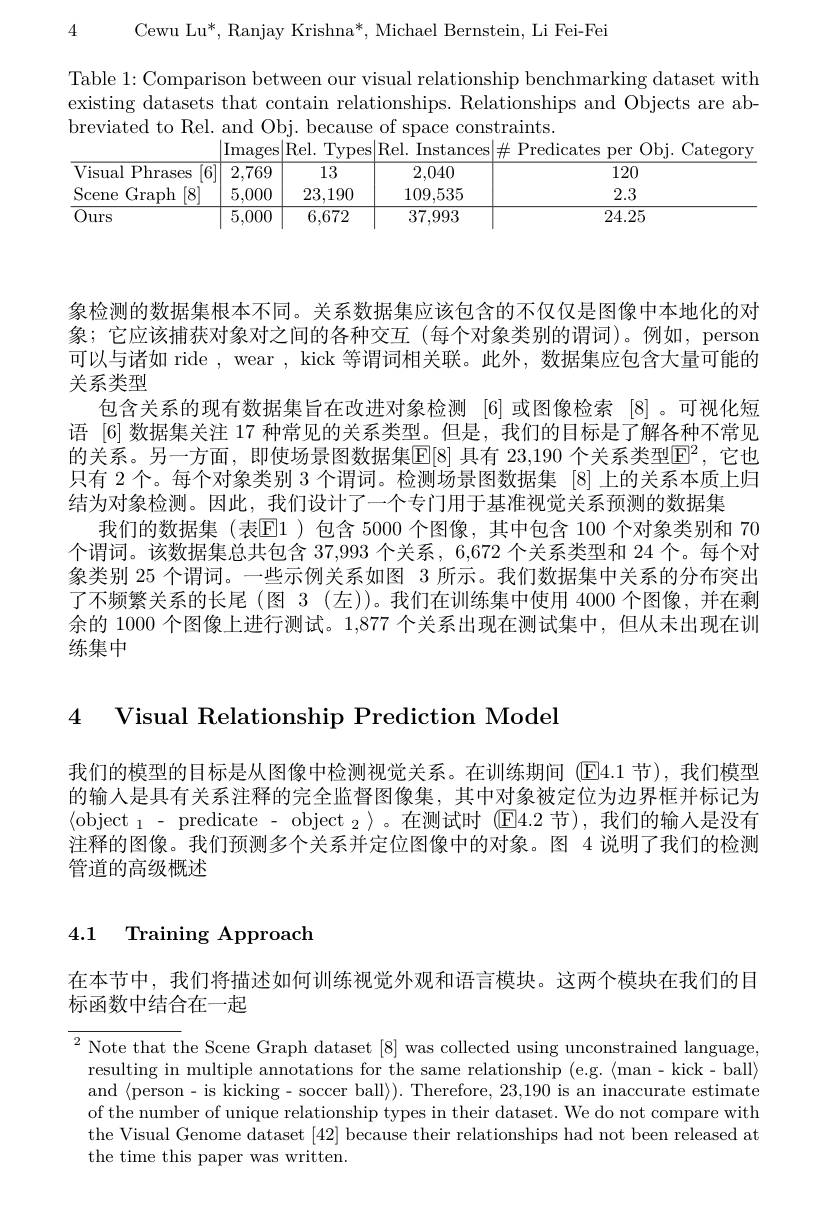
Cewu Lu*, Ranjay Krishna*, Michael Bernstein, Li Fei-Fei

4

Table 1: Comparison between our visual relationship benchmarking dataset with existing datasets that contain relationships. Relationships and Objects are abbreviated to Rel. and Obj. because of space constraints.
|Rel. Instances$|\#$Predicates

<table>
	<tbody>
		<tr>
			<th>isual Phrases [6]</th>
			<th>2,769</th>
			<th>13</th>
			<th>2,040</th>
			<th>120</th>
		</tr>
		<tr>
			<td>Graph $[8^{\cdot}$ cene</td>
			<td>5,000</td>
			<td>23,190</td>
			<td>109,535</td>
			<td>2.3</td>
		</tr>
		<tr>
			<td>'urs</td>
			<td>5,000</td>
			<td>6,672</td>
			<td>37,993</td>
			<td>24.25</td>
		</tr>
	</tbody>
</table>

象检测的数据集根本不同。关系数据集应该包含的不仅仅是图像中本地化的对象；它应该捕获对象对之间的各种交互(每个对象类别的谓词)。例如，person 可以与诸如 ride , wear , kick 等谓词相关联。此外，数据集应包含大量可能的关系类型
包含关系的现有数据集旨在改进对象检测 [6]或图像检索 [8]。可视化短语 [6] 数据集关注 17 种常见的关系类型。但是，我们的目标是了解各种不常见的关系。另一方面，即使场景图数据集$\mathbb{E}[8]$ 具有 23,190 个关系类型$\mathbb{E}^2$, 它也只有 2 个。每个对象类别 3 个谓词。检测场景图数据集 [8] 上的关系本质上归结为对象检测。因此，我们设计了一个专门用于基准视觉关系预测的数据集
我们的数据集(表E1 )包含 5000 个图像，其中包含 100 个对象类别和 70个谓词。该数据集总共包含 37,993 个关系 , 6,672 个关系类型和 24 个。每个对象类别 25 个谓词。一些示例关系如图 3 所示。我们数据集中关系的分布突出了不频繁关系的长尾(图 3(左))。我们在训练集中使用 4000 个图像，并在剩余的 1000 个图像上进行测试。1,877 个关系出现在测试集中，但从未出现在训练集中

4 Visual Relationship Prediction Model

我们的模型的目标是从图像中检测视觉关系。在训练期间 (E4.1节),我们模型的输入是具有关系注释的完全监督图像集，其中对象被定位为边界框并标记为$\langle\mathrm{object~}_{1}~-~\mathrm{predicate~-~object~}_{2}~\rangle~。在测试时~(E4.2~节)~,我们的输入是没有$ 注释的图像。我们预测多个关系并定位图像中的对象。图 4 说明了我们的检测管道的高级概述

# 4.1 Training Approach

在本节中，我们将描述如何训练视觉外观和语言模块。这两个模块在我们的目
标函数中结合在一起

$^2$Note that the Scene Graph dataset [ 8] was collected using unconstrained language,
resulting in multiple annotations for the same relationship (e.g.《man-kick-ball》 and $\langle$person- is kicking- soccer ball$\rangle).$ Therefore, 23,190 is an inaccurate estimate of the number of unique relationship types in their dataset. We do not compare with the Visual Genome dataset [42] because their relationships had not been released at the time this paper was written.